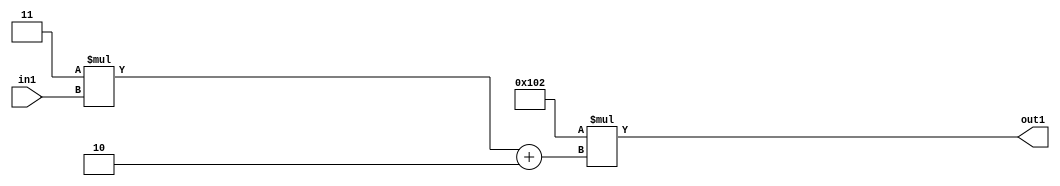
`timescale 1ps / 1ps
/*****************************************************************************
    Verilog RTL Description
    
    
    Created by: Stratus DpOpt 2019.1.01 
*******************************************************************************/

module DC_Filter_Mul2i258Add2i2Mul2i3u2_1 (
	in1,
	out1
	); /* architecture "behavioural" */ 
input [1:0] in1;
output [11:0] out1;
wire [11:0] asc001;
wire [3:0] asc002;

wire [3:0] asc002_tmp_0;
assign asc002_tmp_0 = 
	+(4'B0011 * in1);
assign asc002 = asc002_tmp_0
	+(4'B0010);

assign asc001 = 
	+(12'B000100000010 * asc002);

assign out1 = asc001;
endmodule

/* CADENCE  uLTxTAs= : u9/ySgnWtBlWxVPRXgAZ4Og= ** DO NOT EDIT THIS LINE ******/